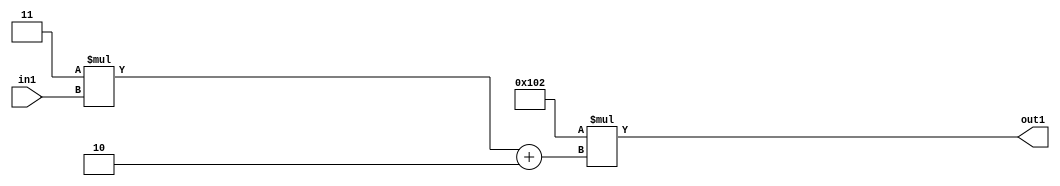
`timescale 1ps / 1ps
/*****************************************************************************
    Verilog RTL Description
    
    
    Created by: Stratus DpOpt 2019.1.01 
*******************************************************************************/

module DC_Filter_Mul2i258Add2i2Mul2i3u2_1 (
	in1,
	out1
	); /* architecture "behavioural" */ 
input [1:0] in1;
output [11:0] out1;
wire [11:0] asc001;
wire [3:0] asc002;

wire [3:0] asc002_tmp_0;
assign asc002_tmp_0 = 
	+(4'B0011 * in1);
assign asc002 = asc002_tmp_0
	+(4'B0010);

assign asc001 = 
	+(12'B000100000010 * asc002);

assign out1 = asc001;
endmodule

/* CADENCE  uLTxTAs= : u9/ySgnWtBlWxVPRXgAZ4Og= ** DO NOT EDIT THIS LINE ******/